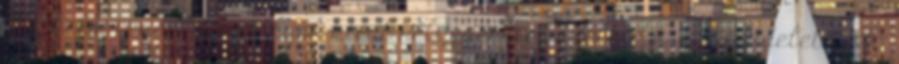
95 46 EK rendelet hatályon kívül helyezéséről szóló 2016 679 rendelete 2016.